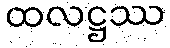
ထလဋ္ဌဿ